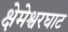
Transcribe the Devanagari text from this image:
क्षेमेश्वरघाट